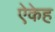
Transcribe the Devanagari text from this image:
ऐकेह